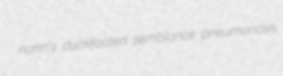
norm's duckfooted semblance pneumonosis